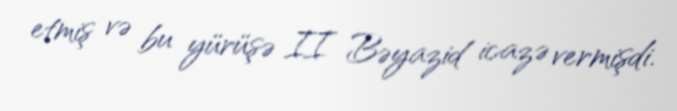
etmiş və bu yürüşə II Bəyazid icazə vermişdi.